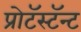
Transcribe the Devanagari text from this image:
प्रोटॅस्टॅन्ट